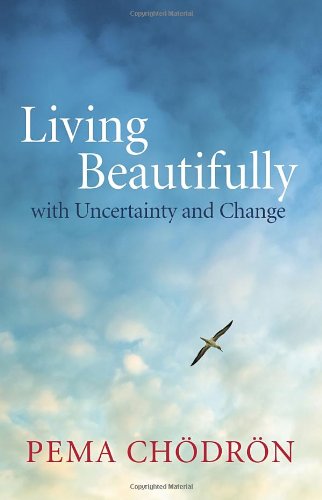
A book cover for Living Beautifully: with Uncertainty and Change; Pema Chodron; Politics & Social Sciences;